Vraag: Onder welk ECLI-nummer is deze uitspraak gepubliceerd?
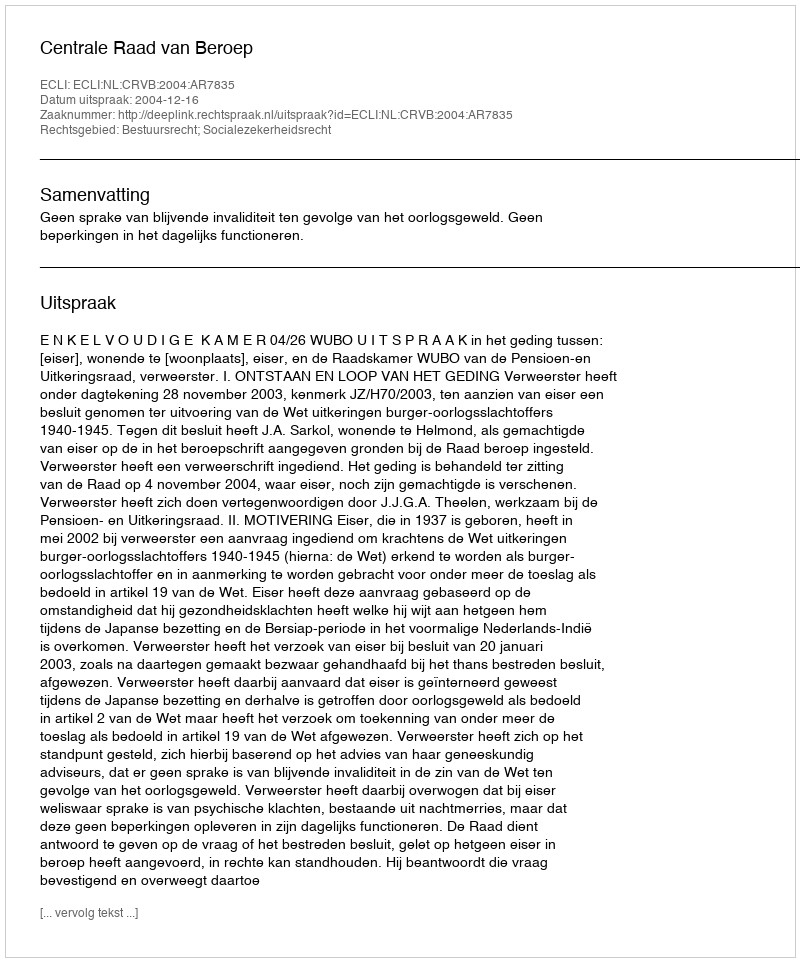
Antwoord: ECLI:NL:CRVB:2004:AR7835